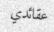
عقائدي